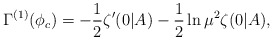
\begin{align*}\Gamma^{(1)}(\phi_c) = -\frac12 \zeta'(0|A) -\frac12 \ln \mu^2 \zeta(0|A),\end{align*}